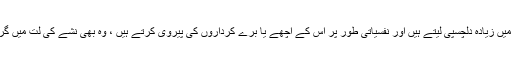
وہ لوگ جو فلموں میں زیادہ دلچسپی لیتے ہیں اور نفسیاتی طور پر اس کے اچھے یا برے کرداروں کی پیروی کرتے ہیں ، وہ بھی نشے کی لت میں گرفتار ہو جاتے ہیں۔